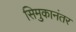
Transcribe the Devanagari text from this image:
सिमुकानंतर